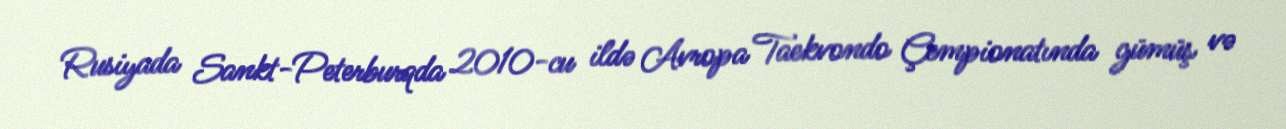
Rusiyada Sankt-Peterburqda 2010-cu ildə Avropa Taekvondo Çempionatında gümüş və